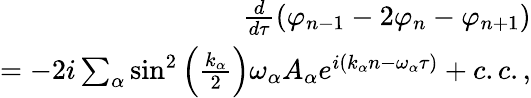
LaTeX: \begin{array}{r}{\frac{d}{d\tau}\left(\varphi_{n-1}-2\varphi_{n}-\varphi_{n+1}\right)}\\ {=-2i\sum_{\alpha}\sin^{2}\left(\frac{k_{\alpha}}{2}\right)\omega_{\alpha}A_{\alpha}e^{i(k_{\alpha}n-\omega_{\alpha}\tau)}+c.c.,}\end{array}